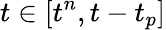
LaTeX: t\in[t^{n},t-t_{p}]